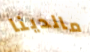
مالدينا